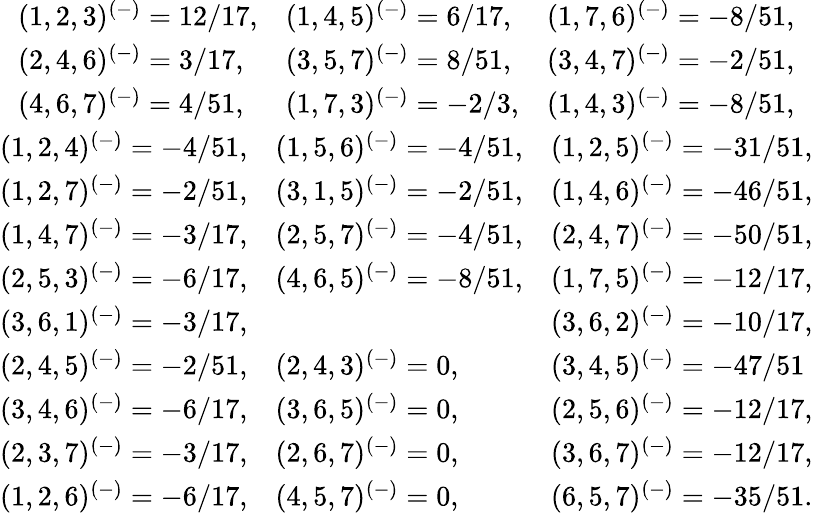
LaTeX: \begin{array}{c}{{\begin{array}{lll}{{(1,2,3)^{(-)}=12/17,}}&{{(1,4,5)^{(-)}=6/17,}}&{{(1,7,6)^{(-)}=-8/51,}}\\ {{(2,4,6)^{(-)}=3/17,}}&{{(3,5,7)^{(-)}=8/51,}}&{{(3,4,7)^{(-)}=-2/51,}}\\ {{(4,6,7)^{(-)}=4/51,}}&{{(1,7,3)^{(-)}=-2/3,}}&{{(1,4,3)^{(-)}=-8/51,}}\end{array}}}\\ {{\begin{array}{lll}{{(1,2,4)^{(-)}=-4/51,}}&{{(1,5,6)^{(-)}=-4/51,}}&{{(1,2,5)^{(-)}=-31/51,}}\\ {{(1,2,7)^{(-)}=-2/51,}}&{{(3,1,5)^{(-)}=-2/51,}}&{{(1,4,6)^{(-)}=-46/51,}}\\ {{(1,4,7)^{(-)}=-3/17,}}&{{(2,5,7)^{(-)}=-4/51,}}&{{(2,4,7)^{(-)}=-50/51,}}\\ {{(2,5,3)^{(-)}=-6/17,}}&{{(4,6,5)^{(-)}=-8/51,}}&{{(1,7,5)^{(-)}=-12/17,}}\\ {{(3,6,1)^{(-)}=-3/17,}}&{{}}&{{(3,6,2)^{(-)}=-10/17,}}\\ {{(2,4,5)^{(-)}=-2/51,}}&{{(2,4,3)^{(-)}=0,}}&{{(3,4,5)^{(-)}=-47/51}}\\ {{(3,4,6)^{(-)}=-6/17,}}&{{(3,6,5)^{(-)}=0,}}&{{(2,5,6)^{(-)}=-12/17,}}\\ {{(2,3,7)^{(-)}=-3/17,}}&{{(2,6,7)^{(-)}=0,}}&{{(3,6,7)^{(-)}=-12/17,}}\\ {{(1,2,6)^{(-)}=-6/17,}}&{{(4,5,7)^{(-)}=0,}}&{{(6,5,7)^{(-)}=-35/51.}}\end{array}}}\end{array}